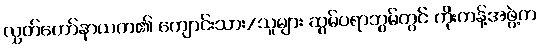
လွှတ်တော်နာယက၏ ကျောင်းသား/သူများ ဆွမ်ပရာဘွမ်တွင် ကိုးကန့်အဖွဲ့က